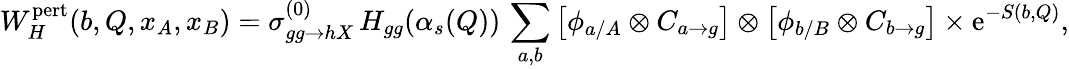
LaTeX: W_{H}^{\mathrm{pert}}(b,Q,x_{A},x_{B})=\sigma_{gg\rightarrow hX}^{(0)}\, H_{gg}(\alpha_{s}(Q))\, \sum_{a,b}\left[\phi_{a/A}\otimes C_{a\rightarrow g}\right]\otimes\left[\phi_{b/B}\otimes C_{b\rightarrow g}\right]\times\mathrm{e}^{-S(b,Q)},